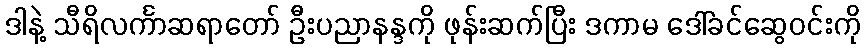
ဒါနဲ့ သီရိလင်္ကာဆရာတော် ဦးပညာနန္ဒကို ဖုန်းဆက်ပြီး ဒကာမ ဒေါ်ခင်ဆွေဝင်းကို